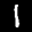
Label: 1